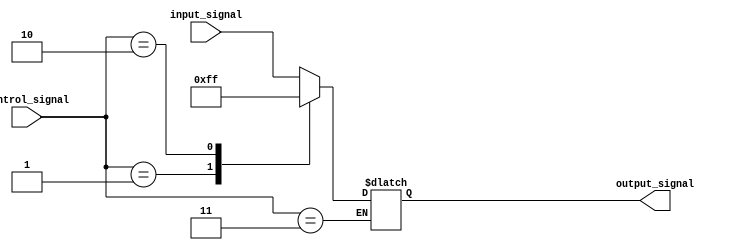
module IO_Blocks_Bus_Switch (
    input wire [7:0] input_signal,
    output wire [7:0] output_signal,
    input wire [1:0] control_signal
);

reg [7:0] buffer;

always @(*) begin
    case (control_signal)
        2'b00: buffer = input_signal; // default case
        2'b01: buffer = 8'b00000000;   // switch to NULL signal
        2'b10: buffer = 8'b11111111;   // switch to all '1's signal
        2'b11: buffer = output_signal; // switch to output signal
    endcase
end

assign output_signal = buffer;

endmodule